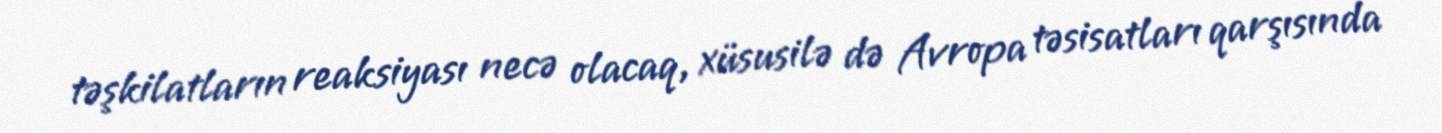
təşkilatların reaksiyası necə olacaq, xüsusilə də Avropa təsisatları qarşısında